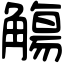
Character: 觴